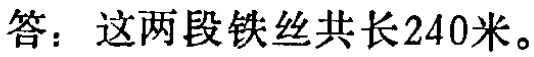
答：这两段铁丝共长240米。